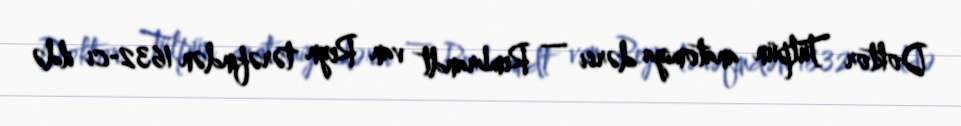
Doktor Tülpün anatomiya dərsi — Rembrandt van Reyn tərəfindən 1632-ci ildə